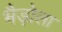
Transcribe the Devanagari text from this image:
भैड़ोला